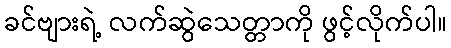
ခင်ဗျားရဲ့ လက်ဆွဲသေတ္တာကို ဖွင့်လိုက်ပါ။